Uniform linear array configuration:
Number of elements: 12
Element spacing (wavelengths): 0.5
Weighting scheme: blackman
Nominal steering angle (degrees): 15
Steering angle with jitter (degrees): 16.821
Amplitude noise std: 0.05
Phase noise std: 0.05

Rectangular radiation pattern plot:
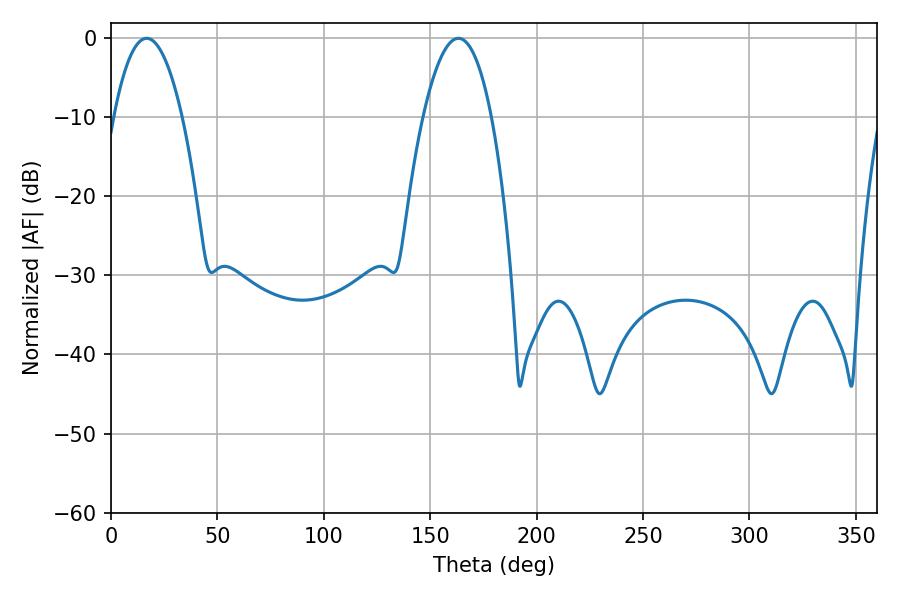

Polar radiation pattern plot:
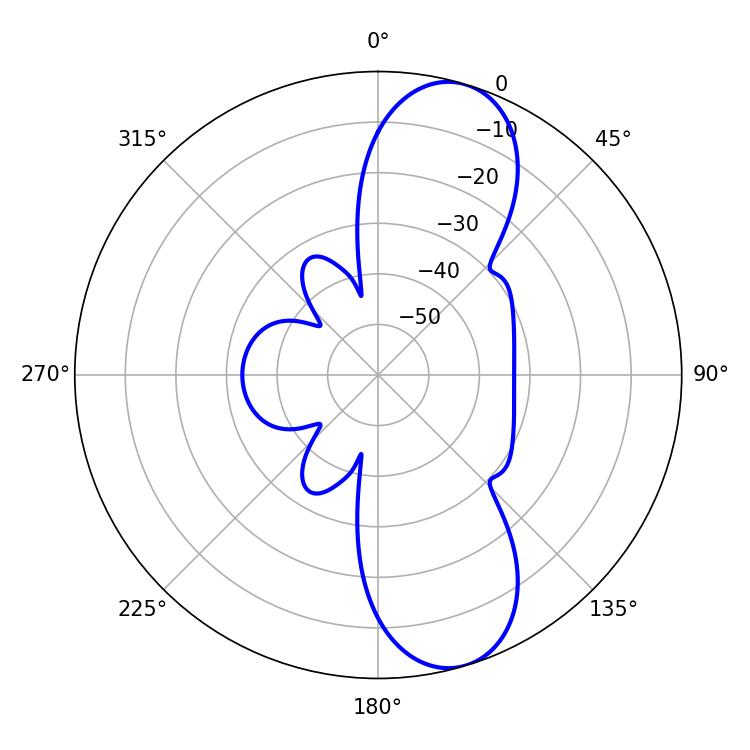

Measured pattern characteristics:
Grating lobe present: FALSE
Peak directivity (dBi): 10.132
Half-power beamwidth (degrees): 17.82
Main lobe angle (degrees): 16.74